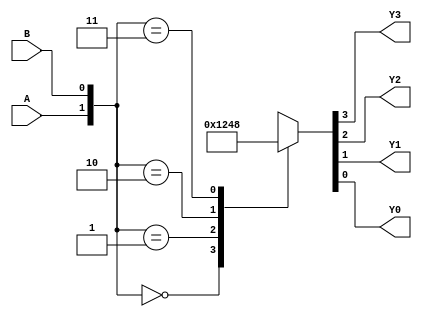
module Decoder2to4(Y3, Y2, Y1, Y0, A, B);
     output Y3, Y2, Y1, Y0;
     input  A, B;
     reg    Y3, Y2, Y1, Y0;
     always @(A or B) begin
         case ( {A,B} )
           2'b00:   {Y3,Y2,Y1,Y0} = 4'b0001;
           2'b01:   {Y3,Y2,Y1,Y0} = 4'b0010;
           2'b10:   {Y3,Y2,Y1,Y0} = 4'b0100;
           2'b11:   {Y3,Y2,Y1,Y0} = 4'b1000;
         endcase
      end
  endmodule